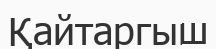
Қайтаргыш